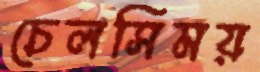
চেলসিময়